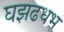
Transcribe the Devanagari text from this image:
घझढधभ